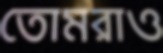
তোমরাও